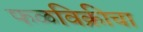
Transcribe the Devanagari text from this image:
फळविक्रीचा